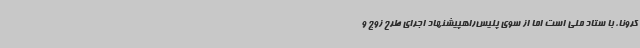
کرونا، با ستاد ملی است اما از سوی پلیس‌راهپیشنهاد اجرای طرح زوج و